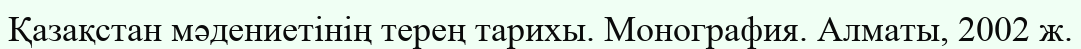
Қазақстан мәдениетінің терең тарихы. Монография. Алматы, 2002 ж.